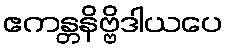
ဧကန္တနိဗ္ဗိဒါယပေ